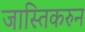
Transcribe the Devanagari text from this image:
जास्तिकरुन